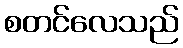
စတင်လေသည်